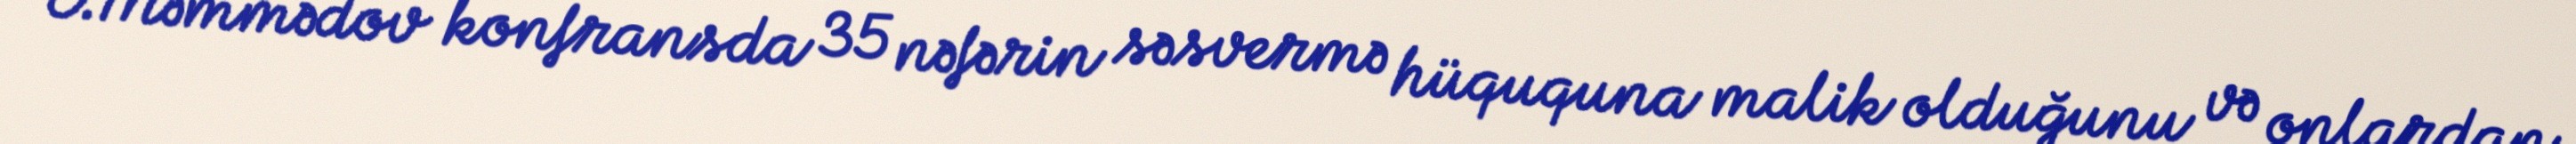
E.Məmmədov konfransda 35 nəfərin səsvermə hüququna malik olduğunu və onlardan